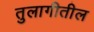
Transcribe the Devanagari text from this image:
तुलागीतील